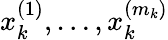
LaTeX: x_{k}^{(1)},\ldots,x_{k}^{(m_{k})}